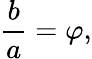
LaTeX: {\frac{b}{a}}=\varphi,